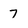
Character: 7